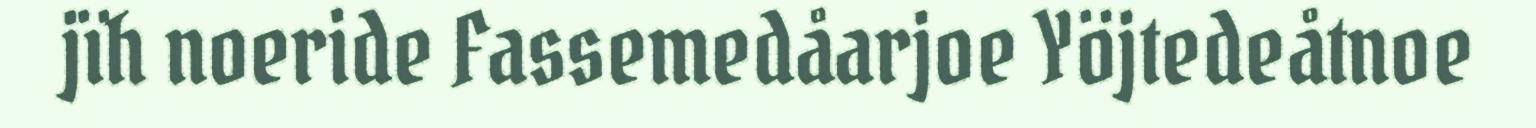
jïh noeride Fassemedåarjoe Yöjtedeåtnoe